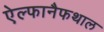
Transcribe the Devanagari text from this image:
ऐल्फानैफथाल